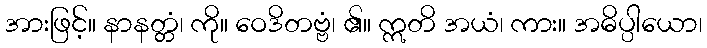
အားဖြင့်။ နာနတ္တံ၊ ကို။ ဝေဒိတဗ္ဗံ၊ ၏။ ဣတိ အယံ၊ ကား။ အဓိပ္ပါယော၊